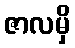
ဇာလမှိ